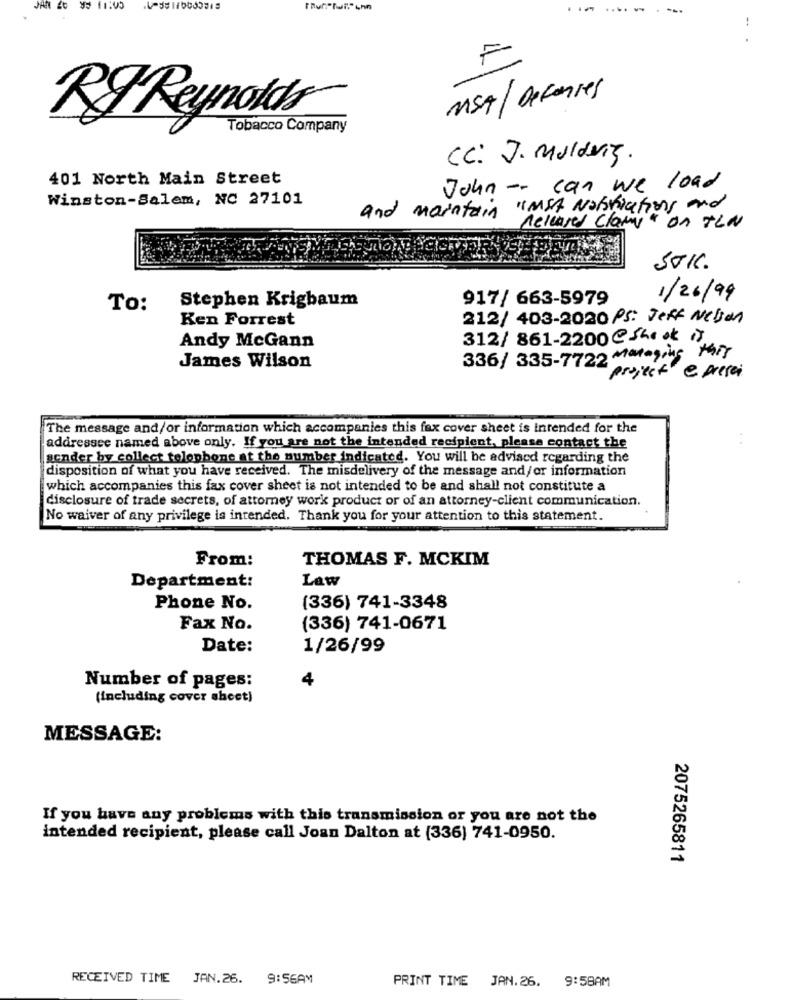
JAN
$5 11:05
.. .
F
MSA/ Defenses
RI Reynolds
Tobacco Company
CC: J. Mulderg.
401 North Main Street
John -- can we load
Winston-Salem, NC 27101
and maintain "MSA Narviations and
Released clami" on TLN
SOKC.
Stephen Krigbaum
917/ 663-5979
1/26/99
To:
Ken Forrest
212/ 403-2020 PS: Jeff Nelson
Andy McGann
312/ 861-2200@Shook IT
336/ 335-7722 9,4g /4/7
James Wilson
project e presai
The message and/or information which accompanies this fax cover sheet is intended for the
addressee named above only. If you are not the intended recipient, please contact the
sender by collect telephone at the number indicated. You will be advised regarding the
disposition of what you have received. The misdelivery of the message and/or information
which accompanies this fax cover sheet is not intended to be and shall not constitute a
disclosure of trade secrets, of attorney work product or of an attorney-client communication.
No waiver of any privilege is intended. Thank you for your attention to this statement.
From:
THOMAS F. MCKIM
Department:
Law
Phone No.
(336) 741-3348
Fax No.
(336) 741-0671
Date:
1/26/99
4
Number of pages:
(including cover sheet)
MESSAGE:
If you have any problems with this transmission or you are not the
intended recipient, please call Joan Dalton at (336) 741-0950.
2075265811
RECEIVED TIME
JAN.26. 9:56AM
PRINT TIME
9:58AM
JAN. 26.